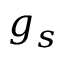
g _ { s }